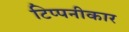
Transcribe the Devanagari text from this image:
टिप्पनीकार